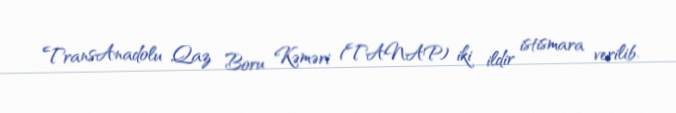
TransAnadolu Qaz Boru Kəməri (TANAP) iki ildir istismara verilib.